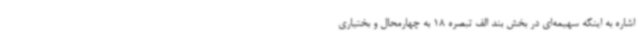
اشاره به اینکه سهیمه‌ای در بخش بند الف تبصره 18 به چهارمحال و بختیاری